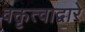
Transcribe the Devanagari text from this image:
वक्तृत्वाद्वारे